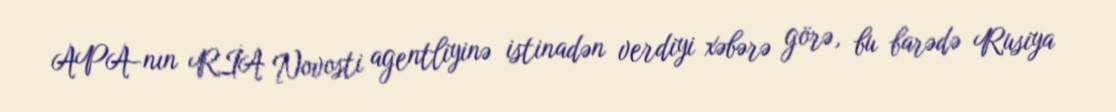
APA-nın RİA Novosti agentliyinə istinadən verdiyi xəbərə görə, bu barədə Rusiya